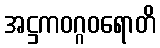
အဋ္ဌကဝဂ္ဂဝရောတိ